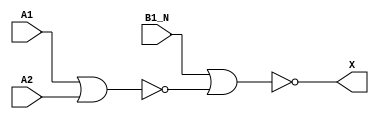
/*
 * Copyright 2020 The SkyWater PDK Authors
 *
 * Licensed under the Apache License, Version 2.0 (the "License");
 * you may not use this file except in compliance with the License.
 * You may obtain a copy of the License at
 *
 *     https://www.apache.org/licenses/LICENSE-2.0
 *
 * Unless required by applicable law or agreed to in writing, software
 * distributed under the License is distributed on an "AS IS" BASIS,
 * WITHOUT WARRANTIES OR CONDITIONS OF ANY KIND, either express or implied.
 * See the License for the specific language governing permissions and
 * limitations under the License.
 *
 * SPDX-License-Identifier: Apache-2.0
*/


`ifndef SKY130_FD_SC_LS__O21BA_BEHAVIORAL_V
`define SKY130_FD_SC_LS__O21BA_BEHAVIORAL_V

/**
 * o21ba: 2-input OR into first input of 2-input AND,
 *        2nd input inverted.
 *
 *        X = ((A1 | A2) & !B1_N)
 *
 * Verilog simulation functional model.
 */

`timescale 1ns / 1ps
`default_nettype none

`celldefine
module sky130_fd_sc_ls__o21ba (
    X   ,
    A1  ,
    A2  ,
    B1_N
);

    // Module ports
    output X   ;
    input  A1  ;
    input  A2  ;
    input  B1_N;

    // Module supplies
    supply1 VPWR;
    supply0 VGND;
    supply1 VPB ;
    supply0 VNB ;

    // Local signals
    wire nor0_out  ;
    wire nor1_out_X;

    //  Name  Output      Other arguments
    nor nor0 (nor0_out  , A1, A2         );
    nor nor1 (nor1_out_X, B1_N, nor0_out );
    buf buf0 (X         , nor1_out_X     );

endmodule
`endcelldefine

`default_nettype wire
`endif  // SKY130_FD_SC_LS__O21BA_BEHAVIORAL_V